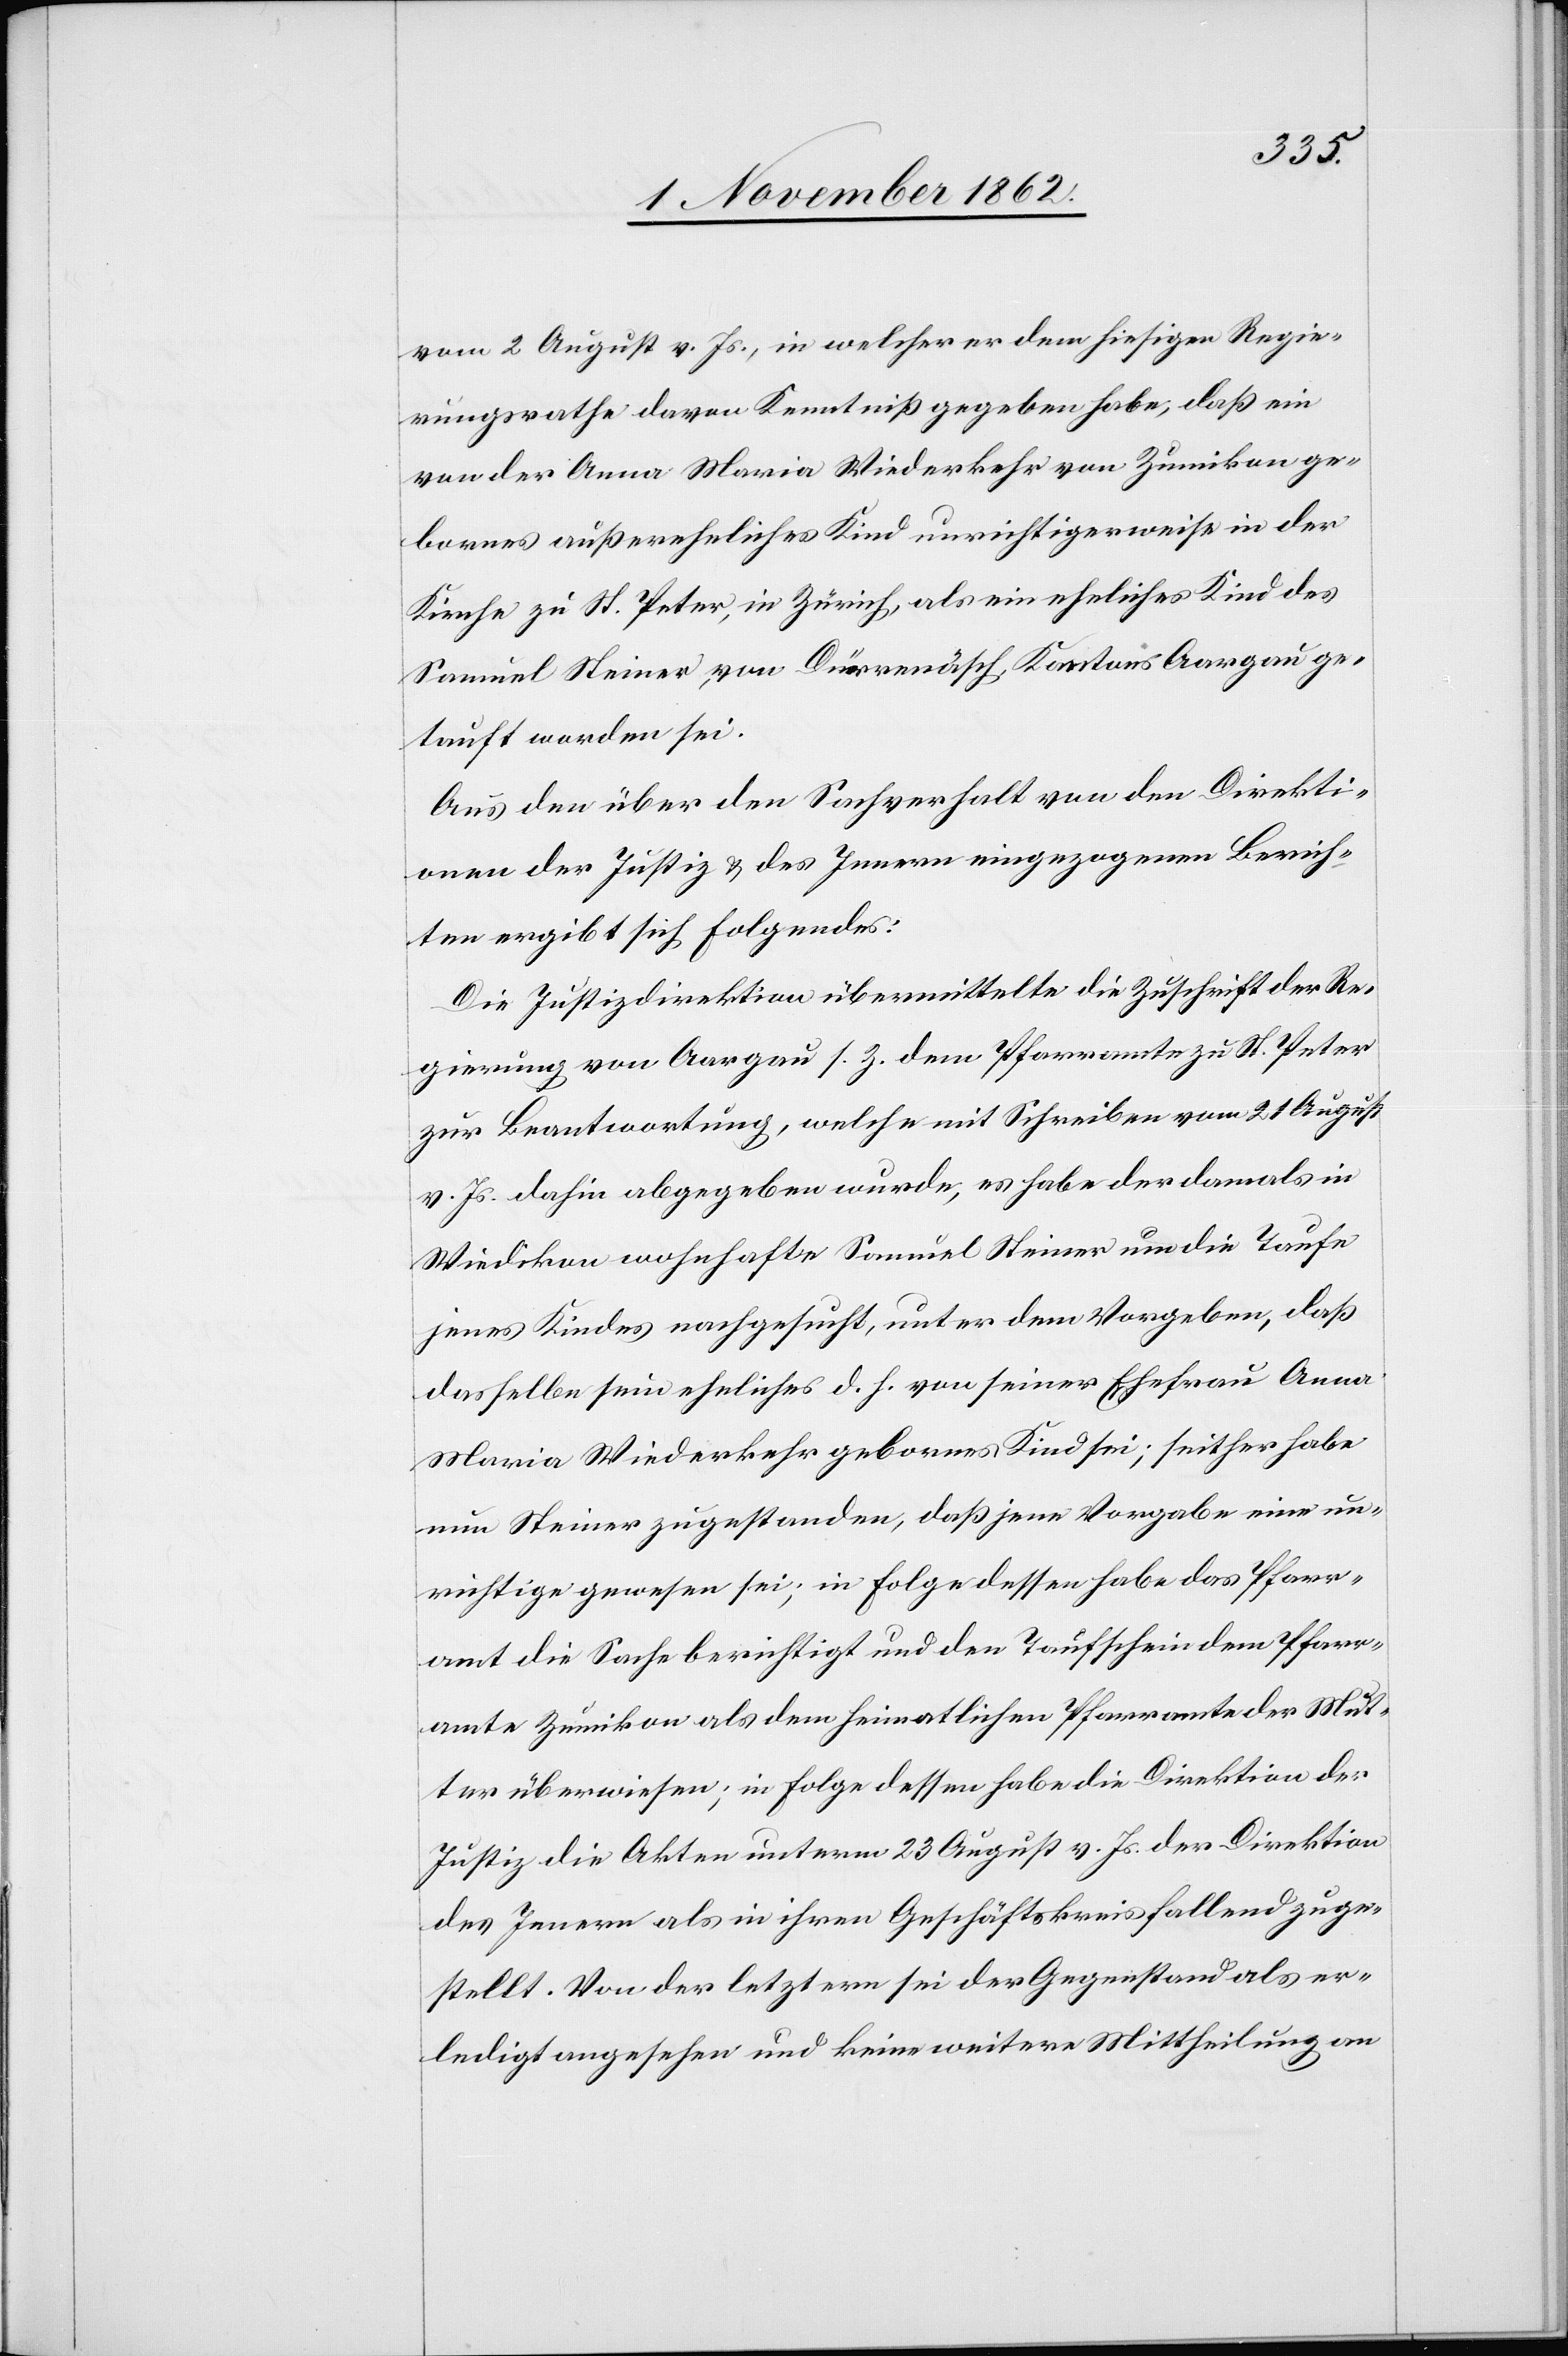
vom 2. August v. Js., in welcher er dem hiesigen Regie¬
rungsrathe davon Kenntniß gegeben habe, daß ein
von der Anna Maria Wiederkehr von Zumikon ge¬
bornes äußereheliches Kind unrichtigerweise in der
Kirche zu St. Peter, in Zürich, als ein eheliches Kind des
Samuel Steiner, von Dürrenäsch, Kantons Aargau ge¬
tauft worden sei.
Aus den über den Sachverhalt von den Direkti¬
onen der Justiz u. des Innern eingezogenen Berich¬
ten ergibt sich Folgendes:
Die Justizdirektion übermittelte die Zuschrift der Re¬
gierung von Aargau s. Z. dem Pfarramte zu St. Peter
zur Beantwortung, welche mit Schreiben vom 21. August
v. Js. dahin abgegeben wurde, es habe der damals in
Wiedikon wohnhafte Samuel Steiner um die Taufe
jenes Kindes nachgesucht, unter dem Vorgeben, daß
dasselbe sein eheliches d. h. von seiner Ehefrau Anna
Maria Wiederkehr gebornes Kind sei; seither habe
nun Steiner zugestanden, daß jene Vorgabe eine un¬
richtige gewesen sei; in Folge dessen habe das Pfarr¬
amt die Sache berichtigt und den Taufschein dem Pfarr¬
amte Zumikon als dem heimatlichen Pfarramte der Mut¬
ter überwiesen; in Folge dessen habe die Direktion der
Justiz die Akten unterm 23. August v. Js. der Direktion
des Innern als in ihren Geschäftskreis fallend zuge¬
stellt. Von der letztern sei der Gegenstand als er¬
ledigt angesehen und keine weitere Mittheilung an